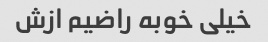
خیلی خوبه راضیم ازش